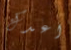
اعدك